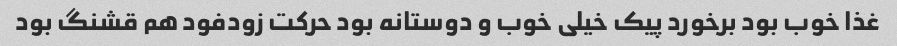
غذا خوب بود برخورد پیک خیلی خوب و دوستانه بود حرکت زودفود هم قشنگ بود